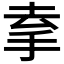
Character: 𢫀